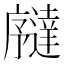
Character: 𫸉